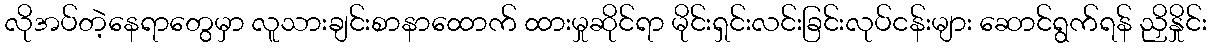
လိုအပ်တဲ့နေရာတွေမှာ လူသားချင်းစာနာထောက် ထားမှုဆိုင်ရာ မိုင်းရှင်းလင်းခြင်းလုပ်ငန်းများ ဆောင်ရွက်ရန် ညှိနှိုင်း